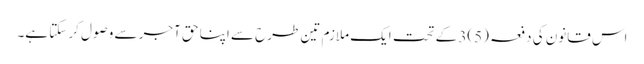
اس قانون کی دفعہ (5)3 کے تحت ایک ملازم تین طرح سے اپنا حق آجر سے وصول کر سکتا ہے۔